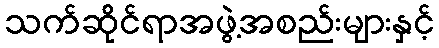
သက်ဆိုင်ရာအဖွဲ့အစည်းများနှင့်